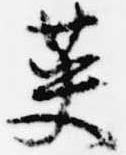
英